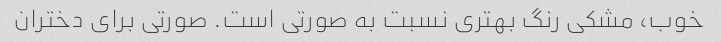
خوب، مشکی رنگ بهتری نسبت به صورتی است. صورتی برای دختران